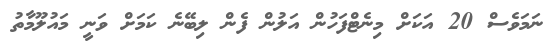
ނަމަވެސް 20 އަކަށް މިނެޓްފަހުން އަލުން ފެން ލިބޭނެ ކަމަށް ވަނީ މައުލޫމާތު